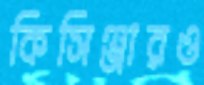
কিসিঞ্জারও